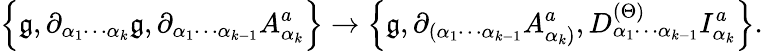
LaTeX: \Big\{ \mathfrak{g},\partial_{\alpha_{1}\cdots\alpha_{k}}\mathfrak{g},\partial_{\alpha_{1}\cdots\alpha_{k-1}}A_{\alpha_{k}}^{a}\Big\} \rightarrow\Big\{ \mathfrak{g},\partial_{(\alpha_{1}\cdots\alpha_{k-1}}A_{\alpha_{k})}^{a},D_{\alpha_{1}\cdots\alpha_{k-1}}^{(\Theta)}I_{\alpha_{k}}^{a}\Big\} .